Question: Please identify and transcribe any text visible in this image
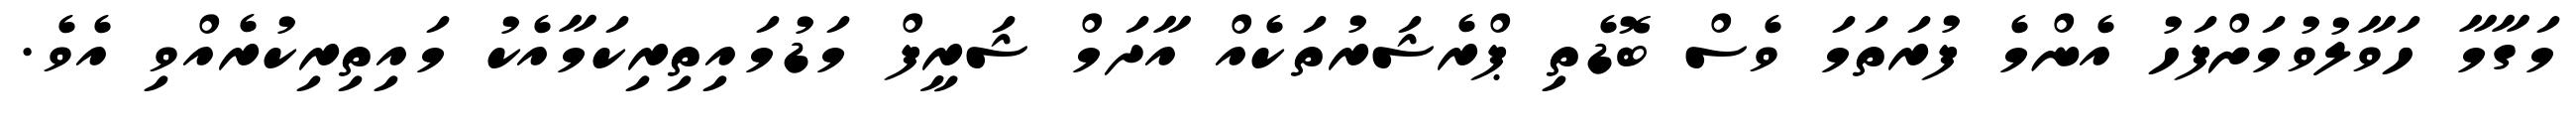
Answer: މަގާމާ ހަވާލުވުމަށްފަހު އެންމެ ފުރަތަމަ ވެސް ބޮޑެތި ޕްރެޝަރުތަކެއް އާދަމް ޝަރީފް މަޑުމައިތިރިކަމާއެކު މައިތިރިކުރެއްވި އެވެ.